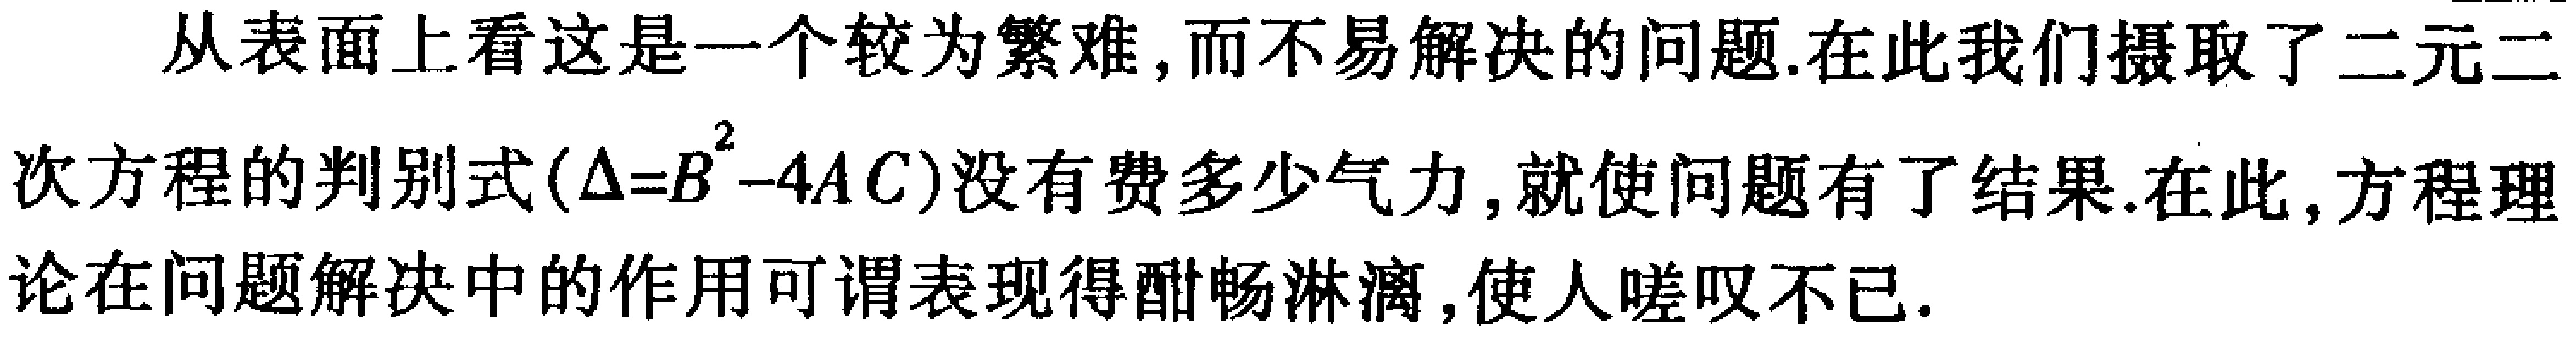
从表面上看这是一个较为繁难,而不易解决的问题.在此我们摄取了二元二次方程的判别式($\Delta = B^{2}-4AC$)没有费多少气力,就使问题有了结果.在此,方程理论在问题解决中的作用可谓表现得酣畅淋漓,使人嗟叹不已.